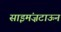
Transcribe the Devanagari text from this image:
साइमंज़टाऊन